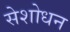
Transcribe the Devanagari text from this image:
सेशोधन